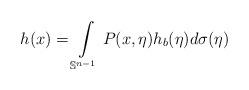
LaTeX: \begin{align*}h(x)=\int\limits_{\mathbb{S}^{n-1}} P(x,\eta) h_b(\eta)d\sigma(\eta)\end{align*}